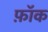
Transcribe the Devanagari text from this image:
फ़ॉक